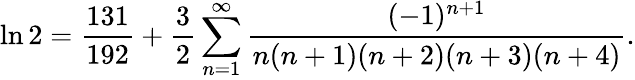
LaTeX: \ln 2={\frac{131}{192}}+{\frac{3}{2}}\sum_{n=1}^{\infty}{\frac{(-1)^{n+1}}{n(n+1)(n+2)(n+3)(n+4)}}.